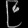
Digit: ၉